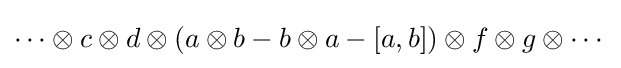
\cdots \otimes c\otimes d\otimes (a\otimes b-b\otimes a-[a,b])\otimes f\otimes g\otimes \cdots